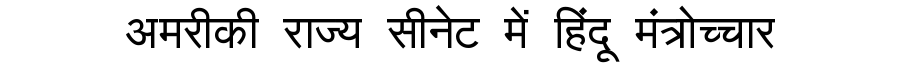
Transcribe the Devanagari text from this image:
अमरीकी राज्य सीनेट में हिंदू मंत्रोच्चार